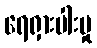
ရေရှားပါးမှု